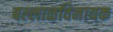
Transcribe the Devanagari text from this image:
बल्लाळविनायक